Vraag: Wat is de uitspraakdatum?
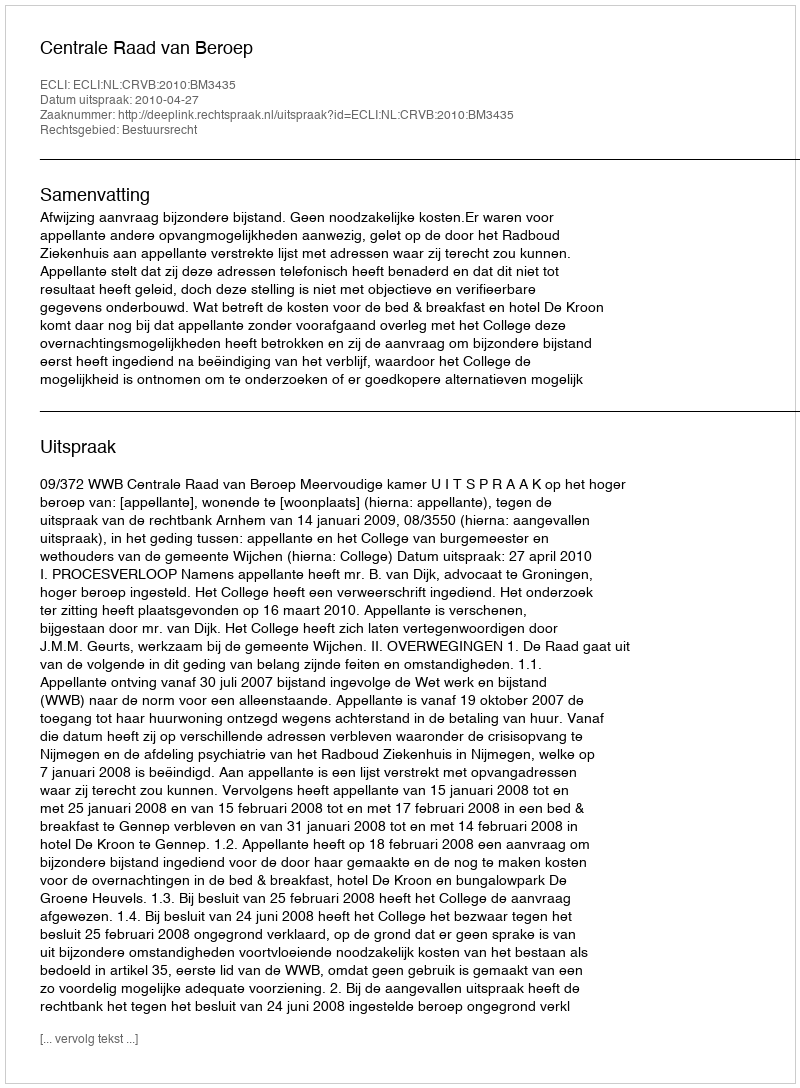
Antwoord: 2010-04-27